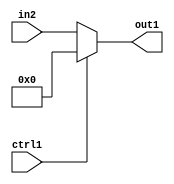
`timescale 1ps / 1ps
/*****************************************************************************
    Verilog RTL Description
    
    
    Created by: Stratus DpOpt 21.05.01 
*******************************************************************************/

module SobelFilter_N_Mux_32_2_1_1 (
	in2,
	ctrl1,
	out1
	); /* architecture "behavioural" */ 
input [31:0] in2;
input  ctrl1;
output [31:0] out1;
wire [31:0] asc001;

reg [31:0] asc001_tmp_0;
assign asc001 = asc001_tmp_0;
always @ (ctrl1 or in2) begin
	case (ctrl1)
		1'B1 : asc001_tmp_0 = 32'B00000000000000000000000000000000 ;
		default : asc001_tmp_0 = in2 ;
	endcase
end

assign out1 = asc001;
endmodule

/* CADENCE  uLf4Qw8= : u9/ySxbfrwZIxEzHVQQV8Q== ** DO NOT EDIT THIS LINE ******/